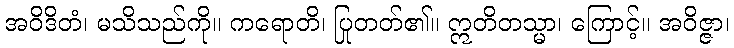
အဝိဒိတံ၊ မသိသည်ကို။ ကရောတိ၊ ပြုတတ်၏။ ဣတိတသ္မာ၊ ကြောင့်။ အဝိဇ္ဇာ၊